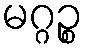
မဂ္ဂဉ္စ